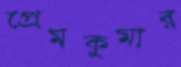
প্রেমকুমার